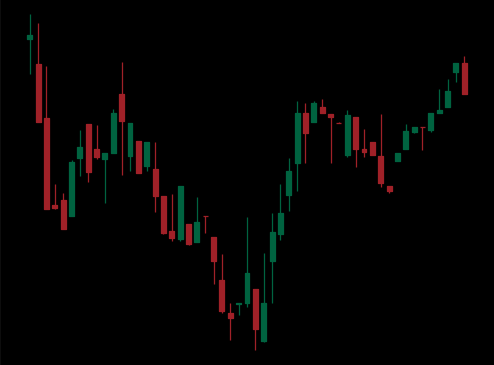
Pattern: inverse_head_shoulders